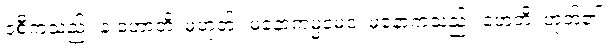
ဝစီကံသည်။ န ဟောတိ၊ မဟုတ်။ မနောကမ္မမေဝ၊ မနောကံသည်။ ဟေတိ၊ ဟုတ်၏။